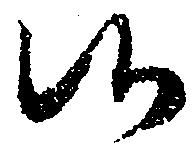
候